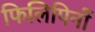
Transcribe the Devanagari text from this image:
फिलिपिनों